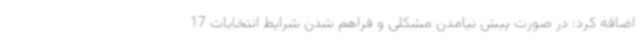
اضافه کرد: در صورت پیش نیامدن مشکلی و فراهم شدن شرایط انتخابات 17